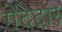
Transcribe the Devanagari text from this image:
गेंदेदार